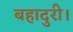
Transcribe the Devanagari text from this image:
बहादुरी।